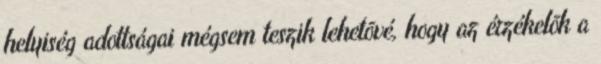
helyiség adottságai mégsem teszik lehetõvé, hogy az érzékelõk a